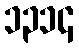
၁၃၁၄